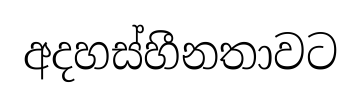
අදහස්හීනතාවට